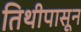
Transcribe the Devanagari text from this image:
तिथीपासून